Civil Veterinary Department Bengal reports 1933-51 - 1933-1951
Year: 1933
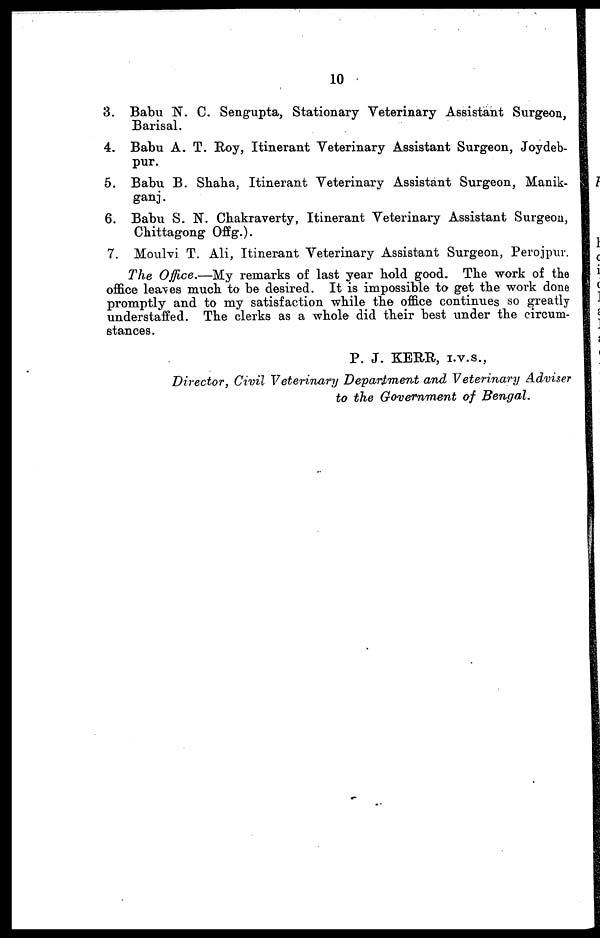
10
3. Babu N. C. Sengupta, Stationary Veterinary Assistant Surgeon,
Barisal.
4. Babu A. T. Roy, Itinerant Veterinary Assistant Surgeon, Joydeb-
pur.
5. Babu B. Shaha, Itinerant Veterinary Assistant Surgeon, Manik-
ganj.
6. Babu S. N. Chakraverty, Itinerant Veterinary Assistant Surgeon,
Chittagong Offg.).
7. Moulvi T. Ali, Itinerant Veterinary Assistant Surgeon, Perojpur.
The Office.—My remarks of last year hold good. The work of the
office leaves much to be desired. It is impossible to get the work done
promptly and to my satisfaction while the office continues so greatly
understaffed. The clerks as a whole did their best under the circum-
stances.
P. J. KERR, I.V.S.,
Director, Civil Veterinary Department and Veterinary Adviser
to the Government of Bengal.